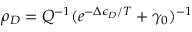
\rho _ { D } = Q ^ { - 1 } ( e ^ { - \Delta \epsilon _ { D } / T } + \gamma _ { 0 } ) ^ { - 1 }